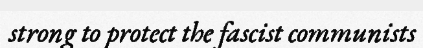
strong to protect the fascist communists